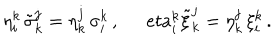
\eta _ { i } ^ { k } \, \tilde { \sigma } _ { k } ^ { j } = \eta _ { k } ^ { j } \, \sigma _ { i } ^ { k } \, , \ \, e t a _ { i } ^ { k } \tilde { \xi } _ { k } ^ { j } = \eta _ { k } ^ { j } \, \xi _ { i } ^ { k } \, .